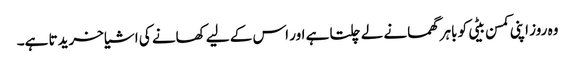
وہ روز اپنی کمسن بیٹی کو باہر گھمانے لے چلتا ہے اور اس کے لیے کھانے کی اشیا خریدتا ہے۔